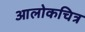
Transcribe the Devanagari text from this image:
आलोकचित्र